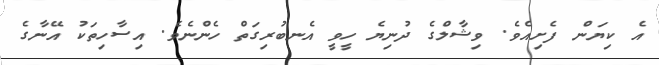
އެ ކިޔަން ފެށިއެވެ. ވިޝާލްގެ ދުނިޔެ ހީވީ އެެނބުރިގަތް ހެންނެވެ. އިސާހިތަކު އޭނާގެ